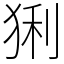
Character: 猁